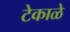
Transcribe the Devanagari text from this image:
टेकाळे